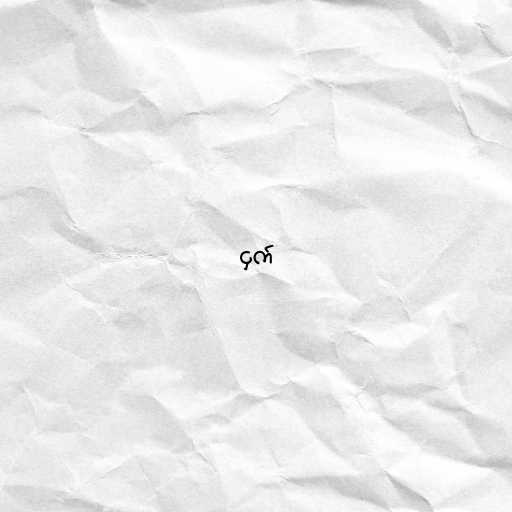
ငှက်